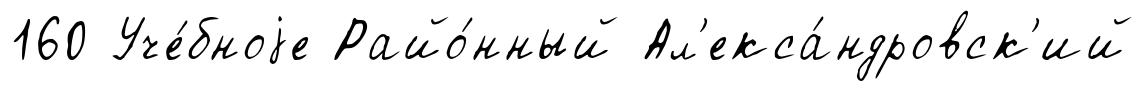
160 Уче́бноjе Райо́нный Ал'екса́ндровск'ий